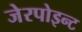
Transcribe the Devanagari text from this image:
जेरपोइन्ट